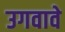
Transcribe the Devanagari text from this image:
उगवावे